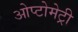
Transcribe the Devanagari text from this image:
ओप्टोमेट्री